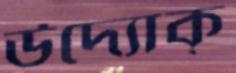
উদ্যোক্